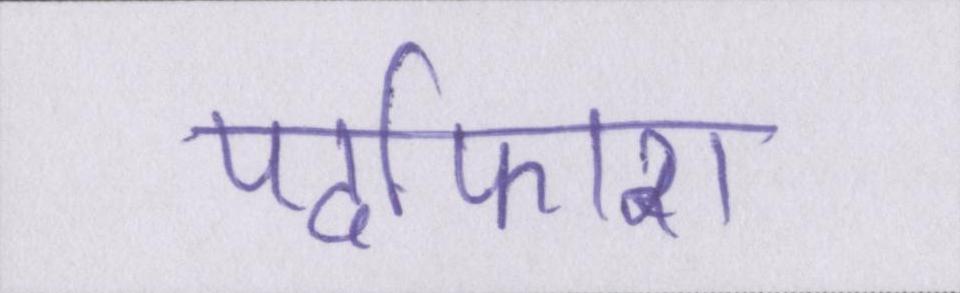
पर्दाफाश